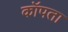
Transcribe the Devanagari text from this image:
कॉपता